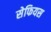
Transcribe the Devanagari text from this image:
सेफियस